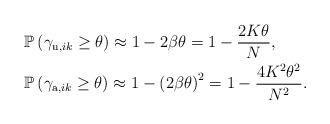
LaTeX: \begin{align*}&\mathbb{P}\left( \gamma_{\mathrm{u},ik} \geq \theta \right) \approx 1 - {2\beta \theta} = 1 - \frac{2 K \theta}{N}, \\ &\mathbb{P}\left( \gamma_{\mathrm{a},ik} \geq \theta \right) \approx 1 - \left( {2 \beta \theta}\right)^2 = 1 - \frac{4 K^2 \theta^2}{N^2}.\end{align*}